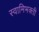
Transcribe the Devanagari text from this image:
स्वामिभक्ती